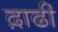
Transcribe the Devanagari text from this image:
द़ाढी